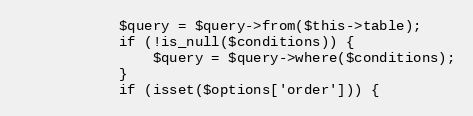
Language: PHP
            $query = $query->from($this->table);
            if (!is_null($conditions)) {
                $query = $query->where($conditions);
            }
            if (isset($options['order'])) {